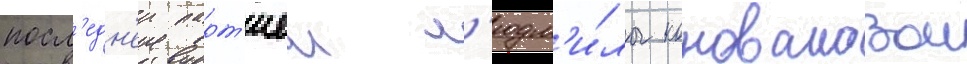
посл'едн'еи парт'иеи л'юдм'и́лы коноваловои